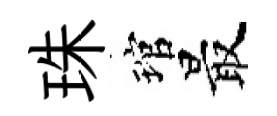
珠琯最